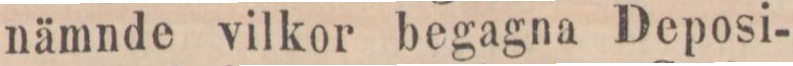
nämnde vilkor begagna Deposi-